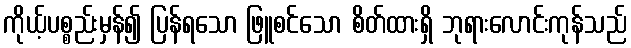
ကိုယ့်ပစ္စည်းမှန်၍ ပြန်ရသော ဖြူစင်သော စိတ်ထားရှိ ဘုရားလောင်းကုန်သည်